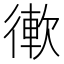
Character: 𢕢